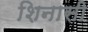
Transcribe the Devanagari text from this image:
शिनासी